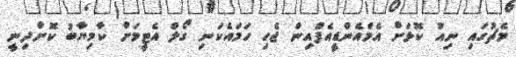
މެޗުގައި ނިއު ކޮޅަށް އެމްއެންޑީއެފްއިން ޖެހި ހަމައެކަނި ގޯލް އެޓީމަށް ކާމިޔާބު ކޮށްދިނީ